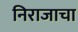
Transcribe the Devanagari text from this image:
निराजाचा